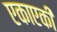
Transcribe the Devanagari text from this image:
एकाएकीं